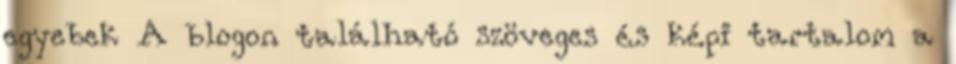
egyebek A blogon található szöveges és képi tartalom a